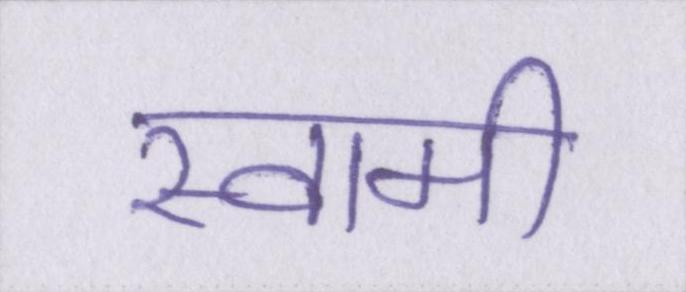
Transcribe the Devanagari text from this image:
स्वामी